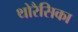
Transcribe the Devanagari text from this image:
थोरैसिका